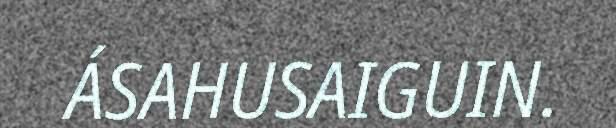
ÁSAHUSAIGUIN.